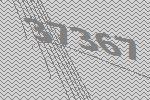
37367